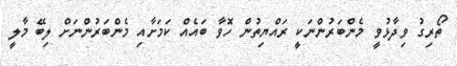
ތޯރިގު ވިދާޅުވީ މެންބަރުންނަކީ ރައްޔިތުން ހޮވާ ބައެއް ކަމަށާއި މެންބަރުންނަށް ލިބޭ މާލީ